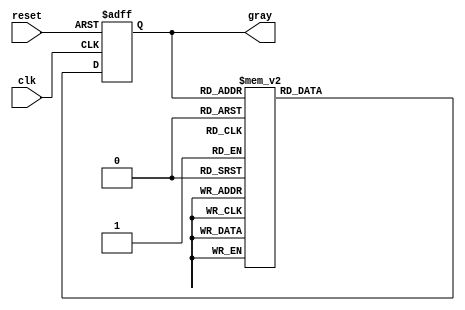
module gray_code_async_counter (
    input wire clk,        // Clock input
    input wire reset,      // Reset input
    output reg [2:0] gray  // 3-bit Gray code output
);

// Asynchronous reset and Gray code logic
always @(posedge clk or posedge reset) begin
    if (reset) begin
        // Initialize counter to 000 (Gray code)
        gray <= 3'b000;
    end else begin
        // Gray code transition logic
        case (gray)
            3'b000: gray <= 3'b001;
            3'b001: gray <= 3'b011;
            3'b011: gray <= 3'b010;
            3'b010: gray <= 3'b110;
            3'b110: gray <= 3'b111;
            3'b111: gray <= 3'b101;
            3'b101: gray <= 3'b100;
            3'b100: gray <= 3'b000;  // Wrap around
            default: gray <= 3'b000;  // Default case for safety
        endcase
    end
end

endmodule